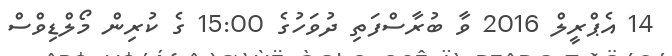
14 އެޕްރީލް 2016 ވާ ބުރާސްފަތި ދުވަހުގެ 15:00 ގެ ކުރިން މޯލްޑިވްސް